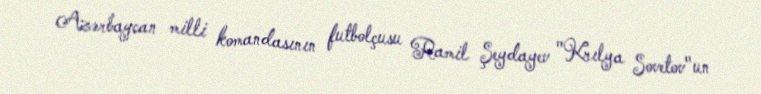
Azərbaycan milli komandasının futbolçusu Ramil Şeydayev "Krılya Sovetov"un